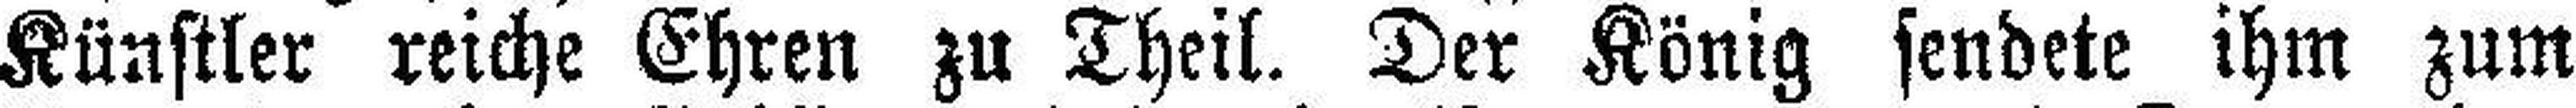
Künstler reiche Ehren zu Theil. Der König sendete ihm zum